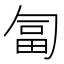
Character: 匐